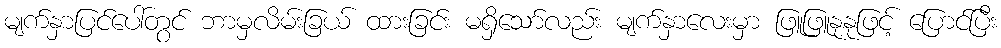
မျက်နှာပြင်ပေါ်တွင် ဘာမှလိမ်းခြယ် ထားခြင်း မရှိသော်လည်း မျက်နှာလေးမှာ ဖြူဖြူနုနုဖြင့် ပြောင်ပြီး